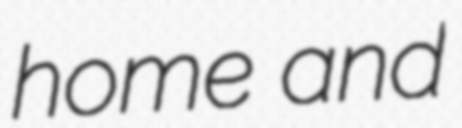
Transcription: home and